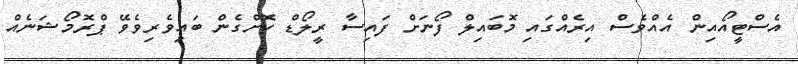
އެސްޓީއޯއިން އެއްވެސް އިރެއްގައި މޮބައިލް ފޯނަށް ފައިސާ ރީލޯޑް ކޮށްގެން ބައިވެރިވެވޭ ޕްރޮމޯޝަނެއް